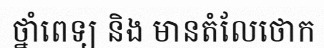
ថ្នាំពេទ្យ និង មានតំលែថោក